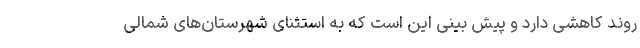
روند کاهشی دارد و پیش بینی این است که به استثنای شهرستان‌های شمالی